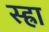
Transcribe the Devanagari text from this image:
स्ह्रा